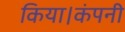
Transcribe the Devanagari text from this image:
किया।कंपनी